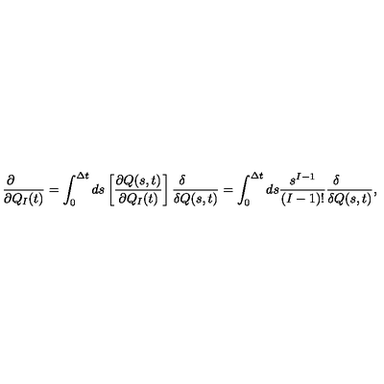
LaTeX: { \frac { \partial \qquad } { \partial Q _ { I } ( t ) } } = \int _ { 0 } ^ { \Delta t } d s \left[ { \frac { \partial Q ( s , t ) } { \partial Q _ { I } ( t ) } } \right] { \frac { \delta \qquad } { \delta Q ( s , t ) } } = \int _ { 0 } ^ { \Delta t } d s { \frac { s ^ { I - 1 } } { ( I - 1 ) ! } } { \frac { \delta \qquad } { \delta Q ( s , t ) } } ,